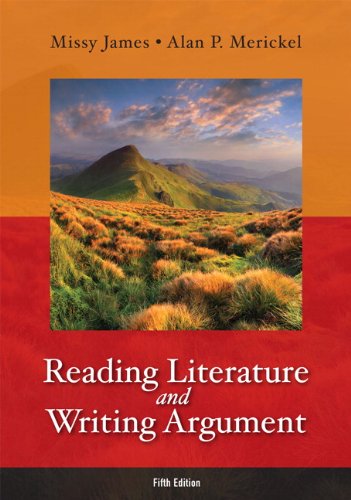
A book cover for Reading Literature and Writing Argument (5th Edition); Missy James; Literature & Fiction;